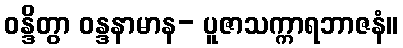
ဝန္ဒိတွာ ဝန္ဒနာမာန- ပူဇာသက္ကာရဘာဇနံ။